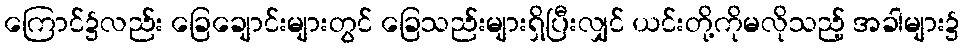
ကြောင်၌လည်း ခြေချောင်းများတွင် ခြေသည်းများရှိပြီးလျှင် ယင်းတို့ကိုမလိုသည့် အခါများ၌